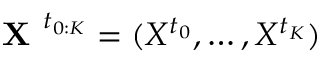
\textbf { X } ^ { t _ { 0 : K } } = ( X ^ { t _ { 0 } } , \ldots , X ^ { t _ { K } } )